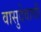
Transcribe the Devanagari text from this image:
वासुदेवाची